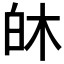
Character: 𪽻